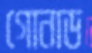
গোনাড